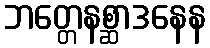
ဘတ္တေနစ္ဆာဒနေန